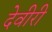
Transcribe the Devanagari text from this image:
देवीरी